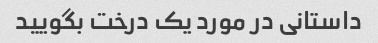
داستانی در مورد یک درخت بگویید